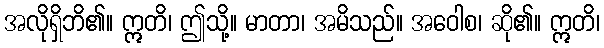
အလိုရှိဘိ၏။ ဣတိ၊ ဤသို့။ မာတာ၊ အမိသည်။ အဝေါစ၊ ဆို၏။ ဣတိ၊